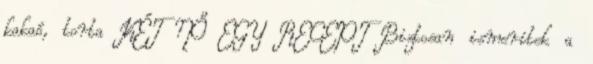
kakaó, torta KÉT NŐ EGY RECEPT Biztosan ismeritek a